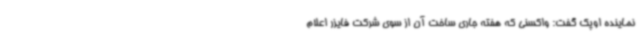
نماینده اوپک گفت: واکسنی که هفته جاری ساخت آن از سوی شرکت فایزر اعلام